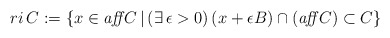
\begin{align*} ri\,C:=\{x\in \textit{aff}\,C\,|\,(\exists\,\epsilon>0)\,(x+\epsilon B)\cap(\textit{aff}\,C)\subset C\} \end{align*}